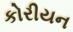
કોરીયન